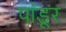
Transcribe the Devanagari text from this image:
पांडूर